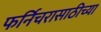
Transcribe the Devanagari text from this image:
फर्निचरासाठीच्या